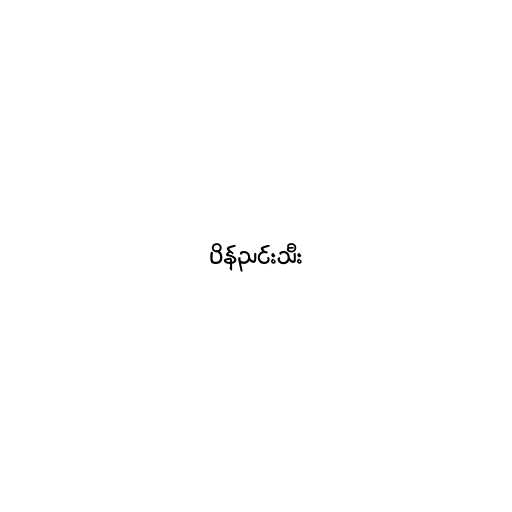
ပိန်ညင်းသီး